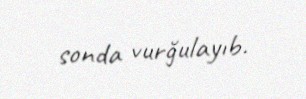
sonda vurğulayıb.